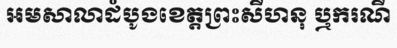
អមសាលាដំបូងខេត្តព្រះសីហនុ ឬករណី